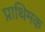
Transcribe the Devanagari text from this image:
प्राथिमक